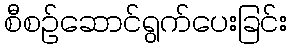
စီစဉ်ဆောင်ရွက်ပေးခြင်း